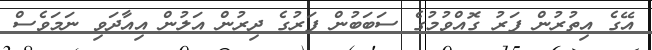
އޭގެ އިތުރުން ފަރު ގޮއްވުމުގެ ސަބަބުން ފަރުގެ ދިރުން އަލުން އިއާދަވި ނަމަވެސް